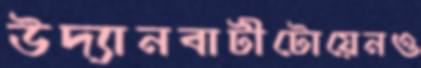
উদ্যানবাটীটোয়েনও